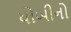
ધોબીનો